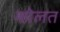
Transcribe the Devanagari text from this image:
म्होलत